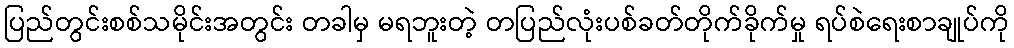
ပြည်တွင်းစစ်သမိုင်းအတွင်း တခါမှ မရဘူးတဲ့ တပြည်လုံးပစ်ခတ်တိုက်ခိုက်မှု ရပ်စဲရေးစာချုပ်ကို